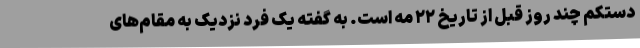
دستکم چند روز قبل از تاریخ ۲۲ مه است. به گفته یک فرد نزدیک به مقام‌های